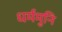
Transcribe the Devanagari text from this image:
धर्ममुनि